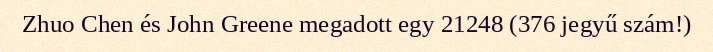
Zhuo Chen és John Greene megadott egy 21248 (376 jegyű szám!)